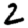
Digit: 2